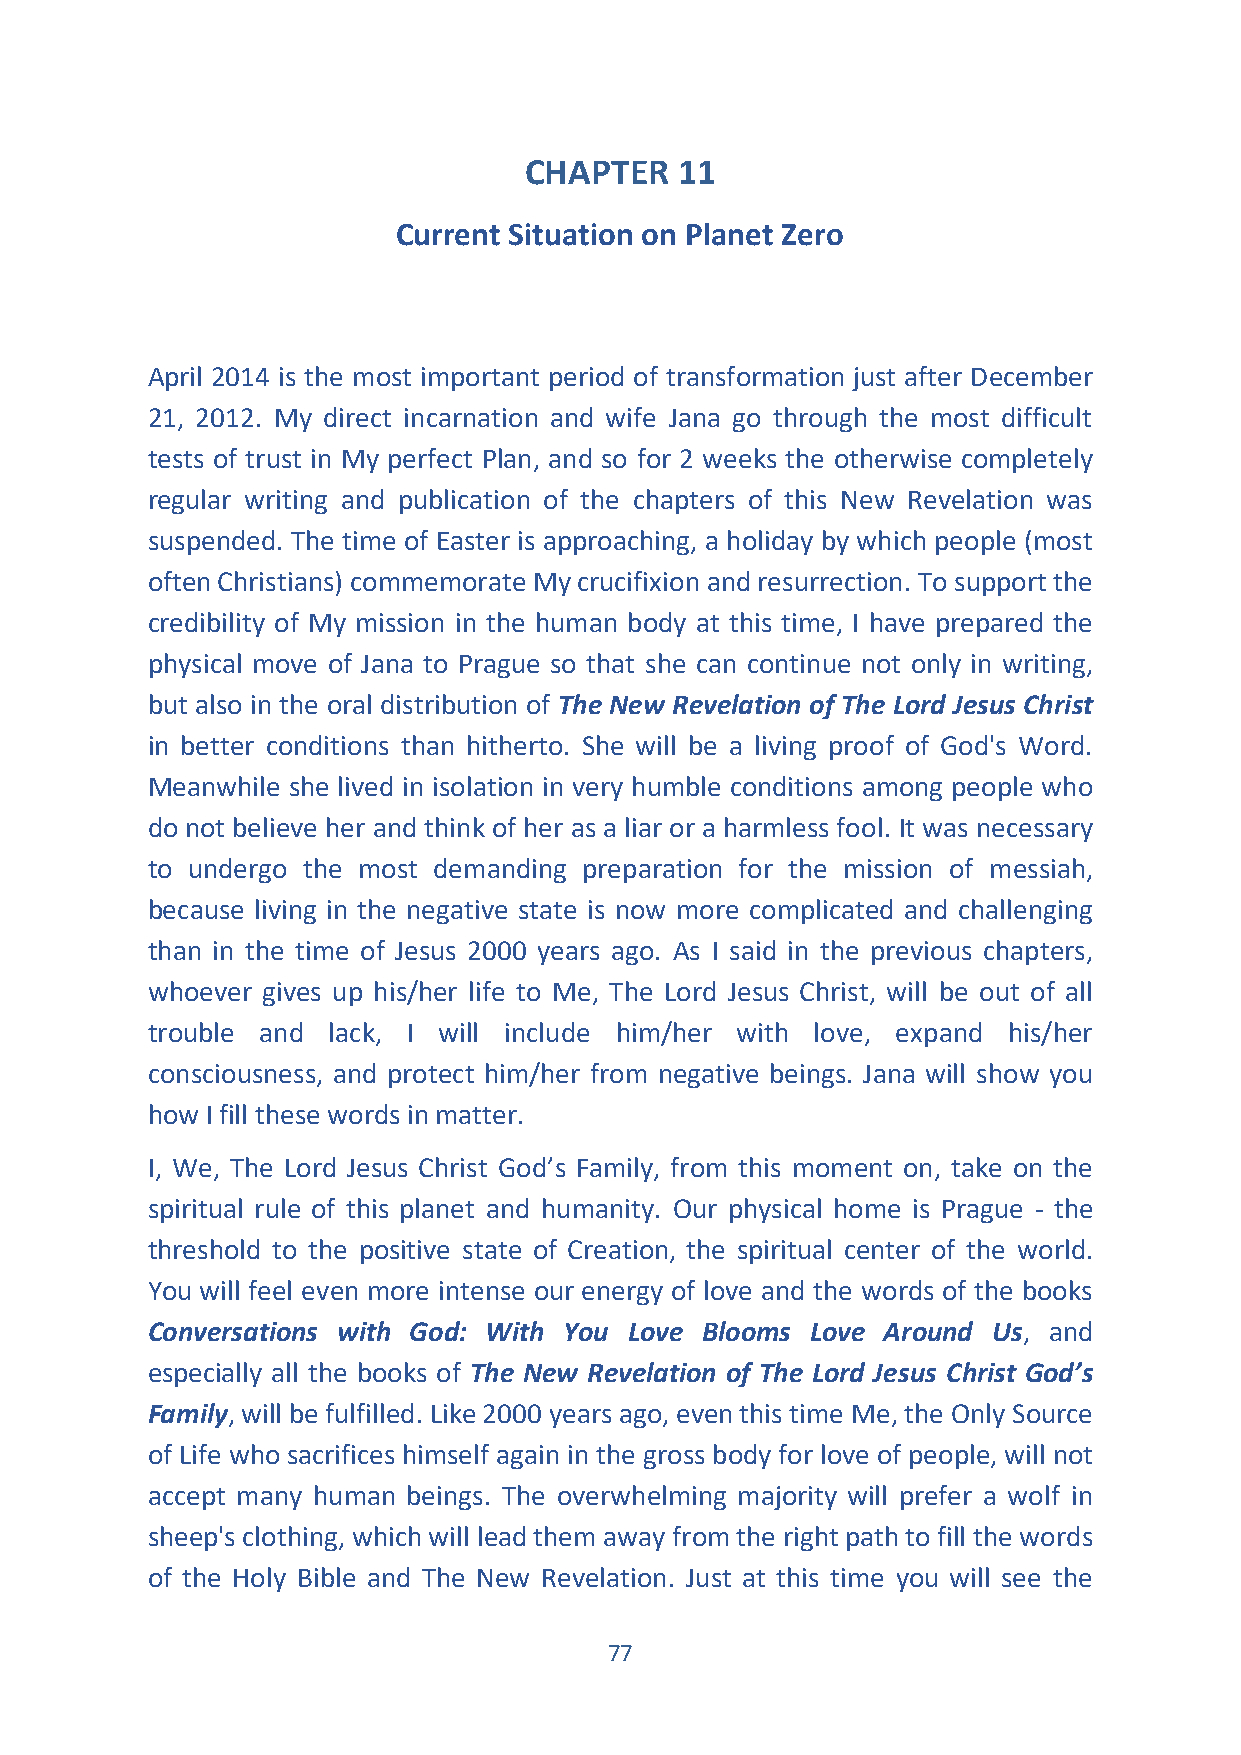
CHAPTER   11
 Current Situation on Planet Zero
 April 2014 is the most important period of transformation just after December
 21, 2012. My direct incarnation and wife Jana go through the most difficult
 tests of trust in My perfect Plan, and so for 2 weeks the otherwise completely
 regular writing and publication of the chapters of this New Revelation was
 suspended. The time of Easter is approaching, a holiday by which people (most
 often Christians) commemorate My crucifixion and resurrection. To support the
 credibility of My mission in the human body at this time, I have prepared the
 physical move of Jana to Prague so that she can continue not only in writing,
 but also in the oral distribution of The New Revelation of The Lord Jesus Christ
 in better conditions than hitherto. She will be a living proof of God's Word.
 Meanwhile she lived in isolation in very humble conditions among people who
 do not believe her and think of her as a liar or a harmless fool. It was necessary
 to undergo the most demanding preparation for the mission of messiah,
 because living in the negative state is now more complicated and challenging
 than in the time of Jesus 2000 years ago. As I said in the previous chapters,
 whoever gives up his/her life to Me, The Lord Jesus Christ, will be out of all
 trouble and lack, I will include him/her with love, expand his/her
 consciousness, and protect him/her from negative beings. Jana will show you
 how I fill these words in matter.
 I, We, The Lord Jesus Christ God’s Family, from this moment on, take on the
 spiritual rule of this planet and humanity. Our physical home is Prague - the
 threshold to the positive state of Creation, the spiritual center of the world.
 You will feel even more intense our energy of love and the words of the books
 Conversations with God: With You Love Blooms Love Around Us, and
 especially all the books of The New Revelation of The Lord Jesus Christ God’s
 Family, will be fulfilled. Like 2000 years ago, even this time Me, the Only Source
 of Life who sacrifices himself again in the gross body for love of people, will not
 accept many human beings. The overwhelming majority will prefer a wolf in
 sheep's clothing, which will lead them away from the right path to fill the words
 of the Holy Bible and The New Revelation. Just at this time you will see the
 77